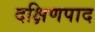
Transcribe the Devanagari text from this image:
दक्षिणपाद